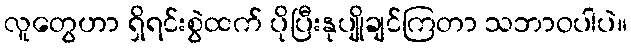
လူတွေဟာ ရှိရင်းစွဲထက် ပိုပြီးနုပျိုချင်ကြတာ သဘာဝပါပဲ။